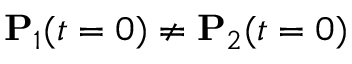
\mathbf P _ { 1 } ( t = 0 ) \neq \mathbf P _ { 2 } ( t = 0 )